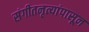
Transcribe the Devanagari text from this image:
संगीतनृत्यांपासून